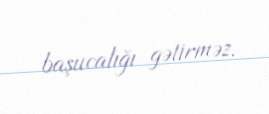
başucalığı gətirməz.